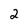
Character: 2